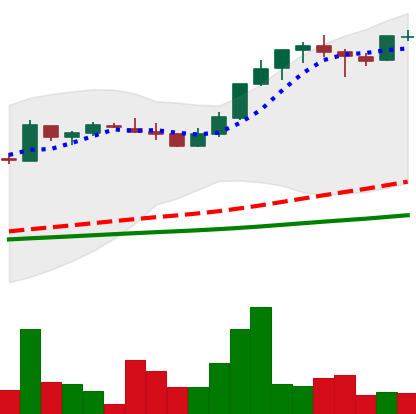
Ticker: LTC-USD
Chart end date: 2017-04-30
Forward return: 67.245%
Label: up_7plus